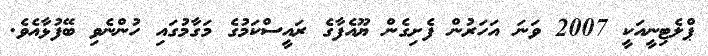
ޕްލެޓިނީއަކީ 2007 ވަނަ އަހަރުން ފެށިގެން ޔޫއެފާގެ ރައީސްކަމުގެ މަގާމުގައި ހުންނެވި ބޭފުޅާއެވެ.